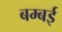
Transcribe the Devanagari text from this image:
बम्‍बई